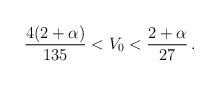
LaTeX: \begin{align*}\frac{4(2 + \alpha)}{135} < V_{0} < \frac{2 + \alpha}{27} \,. \end{align*}